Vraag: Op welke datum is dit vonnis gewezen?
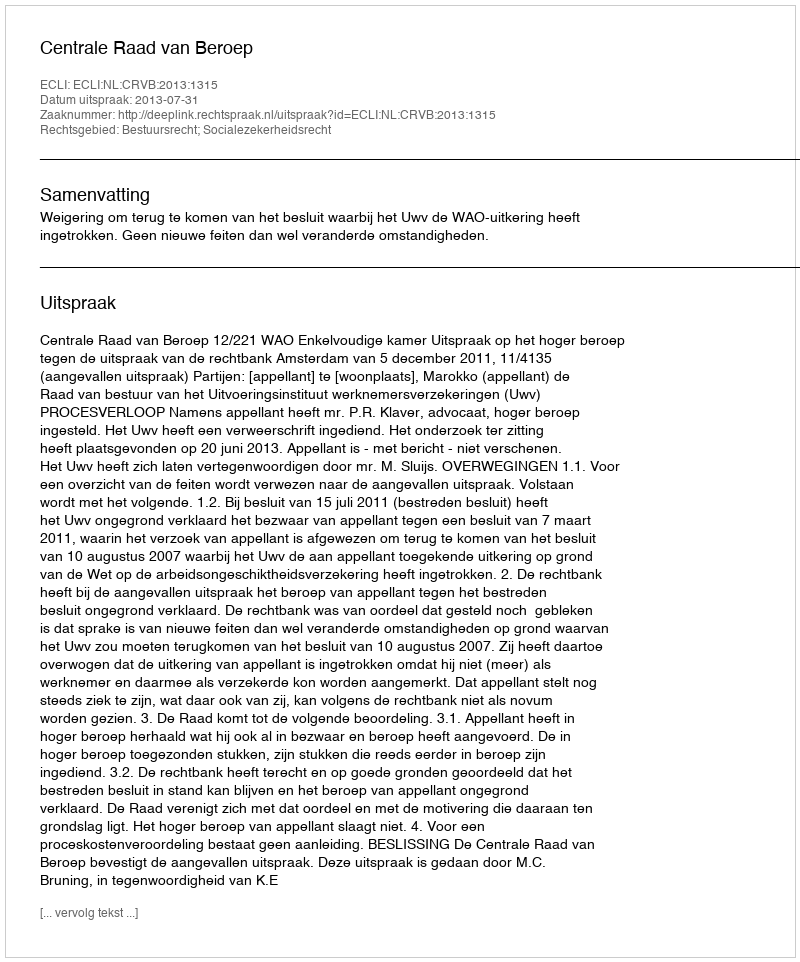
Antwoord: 2013-07-31